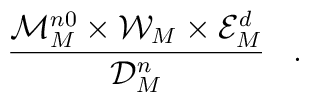
\frac{ {\cal M}^{n0}_M \times {\cal W}_M \times {\cal E}^d_M}{ {\cal D}^n_M} \;\;\;.